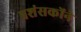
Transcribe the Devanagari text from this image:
प्रशंसकोंने